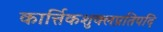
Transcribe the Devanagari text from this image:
कार्त्तिकशुक्लप्रतिपदि